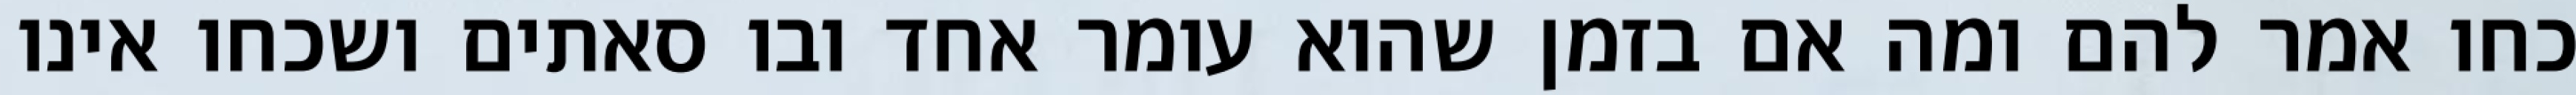
כחו אמר להם ומה אם בזמן שהוא עומר אחד ובו סאתים ושכחו אינו